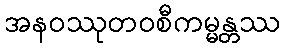
အနဝဿုတဝစီကမ္မန္တဿ